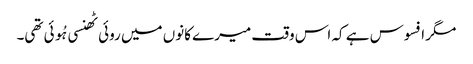
مگر افسوس ہے کہ اس وقت میرے کانوں میں روئی ٹھنسی ہُوئی تھی۔